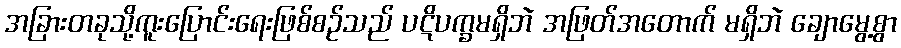
အခြားတခုသို့ကူးပြောင်းရေးဖြစ်စဉ်သည် ပဋိပက္ခမရှိဘဲ အဖြတ်အတောက် မရှိဘဲ ချောမွေ့စွာ